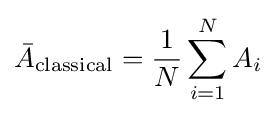
{\bar {A}}_{\mathrm {classical} }={\frac {1}{N}}\sum _{i=1}^{N}A_{i}